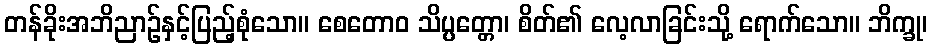
တန်ခိုးအဘိညာဉ်နှင့်ပြည့်စုံသော။ စေတောဝ သိပ္ပတ္တော၊ စိတ်၏ လေ့လာခြင်းသို့ ရောက်သော။ ဘိက္ခု၊